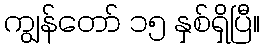
ကျွန်တော် ၁၅ နှစ်ရှိပြီ။